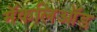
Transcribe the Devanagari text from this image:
मॅकलिऑड